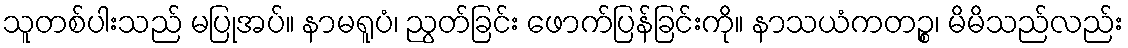
သူတစ်ပါးသည် မပြုအပ်။ နာမရူပံ၊ ညွတ်ခြင်း ဖောက်ပြန်ခြင်းကို။ နာသယံကတဉ္စ၊ မိမိသည်လည်း